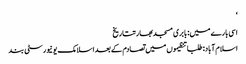
‘
اسی بارے میں: بابری مسجدبھارتتاریخ
اسلام آباد: طلبا تنظیموں میں تصادم کے بعد اسلامک یونیورسٹی بند